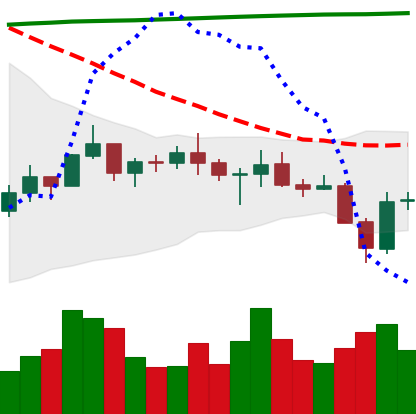
Ticker: BNB-USD
Chart end date: 2021-07-22
Forward return: 6.798%
Label: up_5_7